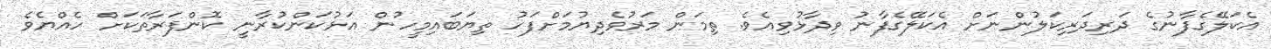
އެކަލޭގެފާނުގެ ދަރިދަރިކަލުންނަށް އެކަލޭގެފާނު ވިދާޅުވިއެވެ. ތިމަން މަރުވެދިޔުމަށްފަހު ތިޔަބައިމީހުން އަޅުކަންކުރާނީ ކޮންފަރާތަކަށް ހެއްޔެވެ